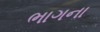
ભાગના